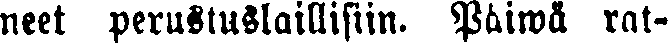
neet perustuslaillisiin. Päiwä rat-